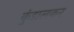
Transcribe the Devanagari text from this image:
कुंडालकर